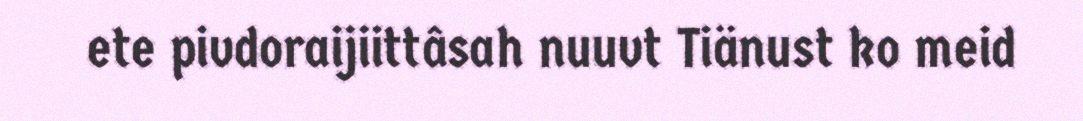
ete pivdoraijiittâsah nuuvt Tiänust ko meid